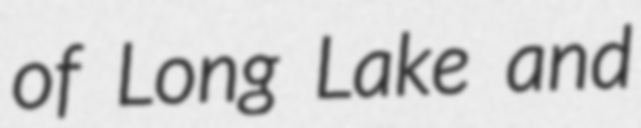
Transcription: of Long Lake and